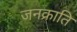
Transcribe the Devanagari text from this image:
जनक्राति